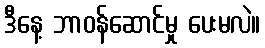
ဒီနေ့ ဘာဝန်ဆောင်မှု ပေးမလဲ။